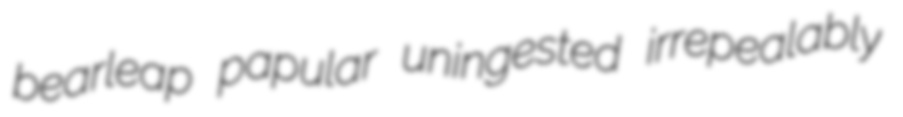
bearleap papular uningested irrepealably